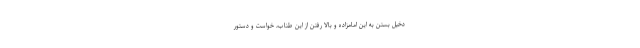
دخیل بستن به این امامزاده و بالا رفتن از این طناب، خواست و‌ دستور